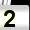
Digit: 2